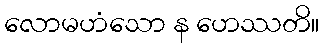
လောမဟံသော န ဟေဿတိ။